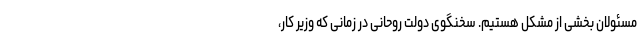
مسئولان بخشی از مشکل هستیم. سخنگوی دولت روحانی در زمانی که وزیر کار،